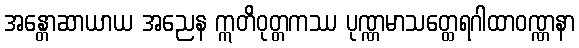
အန္တောဆာယာယ အညေန ဣတိဝုတ္တကဿ ပုဏ္ဏမာသတ္ထေရဂါထာဝဏ္ဏနာ